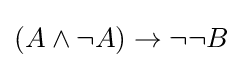
(A\land \neg A)\to \neg \neg B